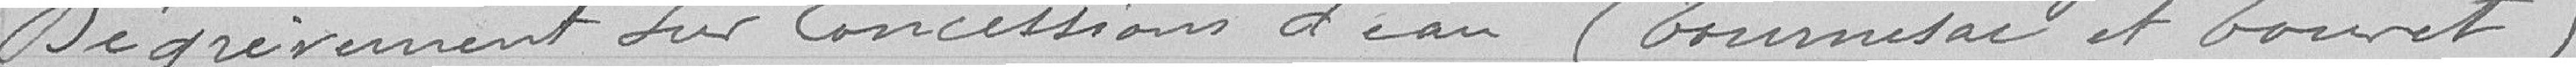
Dégrèvement sur concessions d'eau (Tournesac et Touret)